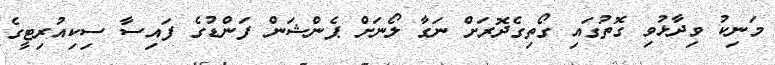
މަނިކު ވިދާޅުވި ގޮތުގައި ގޯތިގެދޮރަށް ނަގާ ލޯނަށް ޕެންޝަން ފަންޑުގެ ފައިސާ ސިކިއުރިޓީގެ